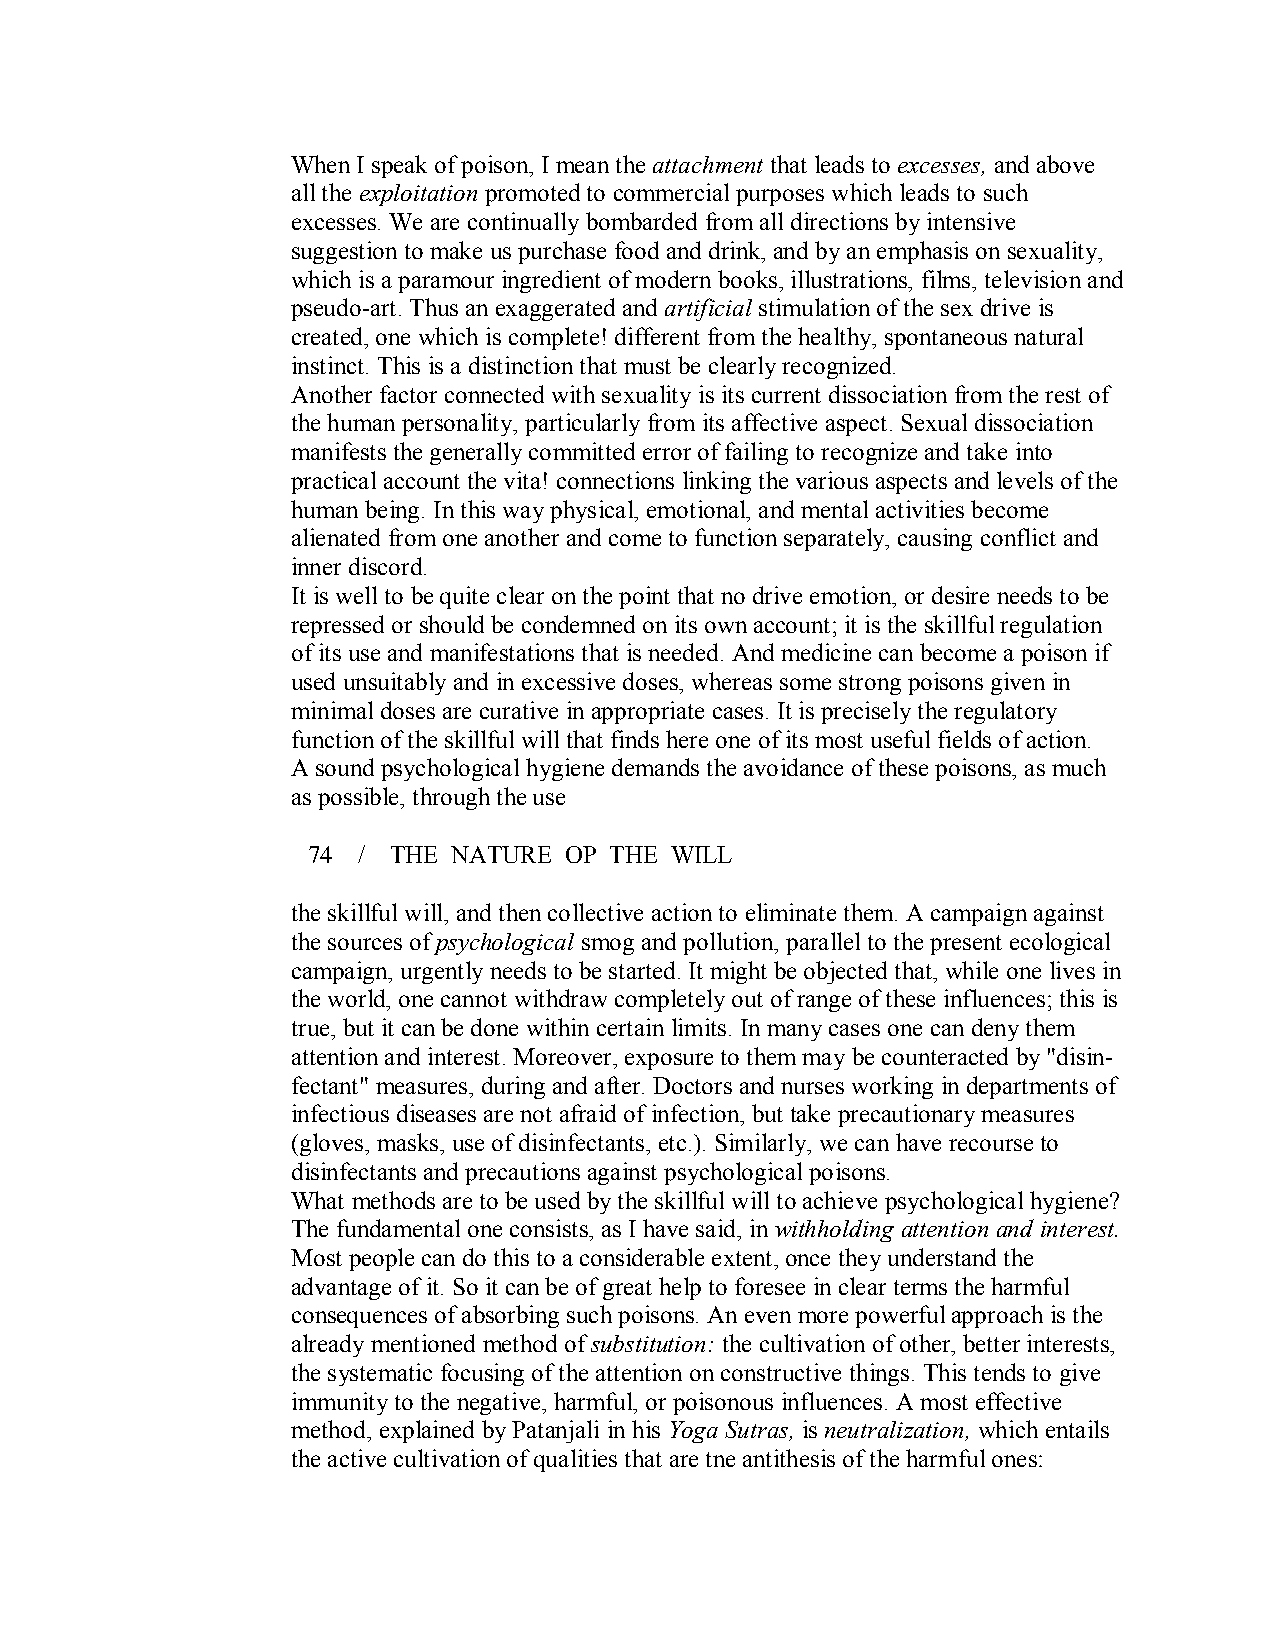
When I speak of poison, I mean the attachment that leads to excesses, and above
 all the exploitation promoted to commercial purposes which leads to such
 excesses. We are continually bombarded from all directions by intensive
 suggestion to make us purchase food and drink, and by an emphasis on sexuality,
 which is a paramour ingredient of modern books, illustrations, films, television and
 pseudo­art. Thus an exaggerated and artificialstimulation of the sex drive is
 created, one which is complete! different from the healthy, spontaneous natural
 instinct. This is a distinction that must be clearly recognized.
 Another factor connected with sexuality is its current dissociation from the rest of
 the human personality, particularly from its affective aspect. Sexual dissociation
 manifests the generally committed error of failing to recognize and take into
 practical account the vita! connections linking the various aspects and levels of the
 human being. In this way physical, emotional, and mental activities become
 alienated from one another and come to function separately, causing conflict and
 inner discord.
 It is well to be quite clear on the point that no drive emotion, or desire needs to be
 repressed or should be condemned on its own account; it is the skillful regulation
 of its use and manifestations that is needed. And medicine can become a poison if
 used unsuitably and in excessive doses, whereas some strong poisons given in
 minimal doses are curative in appropriate cases. It is precisely the regulatory
 function of the skillful will that finds here one of its most useful fields of action.
 A sound psychological hygiene demands the avoidance of these poisons, as much
 as possible, through the use
 74  / THE NATURE OP THE WILL
 the skillful will, and then collective action to eliminate them. A campaign against
 the sources ofpsychological smog and pollution, parallel to the present ecological
 campaign, urgently needs to be started. It might be objected that, while one lives in
 the world, one cannot withdraw completely out of range of these influences; this is
 true, but it can be done within certain limits. In many cases one can deny them
 attention and interest. Moreover, exposure to them may be counteracted by "disin­
 fectant" measures, during and after. Doctors and nurses working in departments of
 infectious diseases are not afraid ofinfection, but take precautionary measures
 (gloves, masks, use of disinfectants, etc.). Similarly, we can have recourse to
 disinfectants and precautions against psychological poisons.
 What methods are to be used by the skillful will to achieve psychological hygiene?
 The fundamental one consists, as I have said, in withholding attention and interest.
 Most people can do this to a considerable extent, once they understand the
 advantage of it. So it can be of great help to foresee in clear terms the harmful
 consequences of absorbing such poisons. An even more powerful approach is the
 already mentioned method ofsubstitution: the cultivation of other, better interests,
 the systematic focusing of the attention on constructive things. This tends to give
 immunityto the negative, harmful, or poisonous influences. A most effective
 method, explained by Patanjali in his Yoga Sutras, is neutralization, which entails
 the active cultivation of qualities that are tne antithesis of the harmful ones: